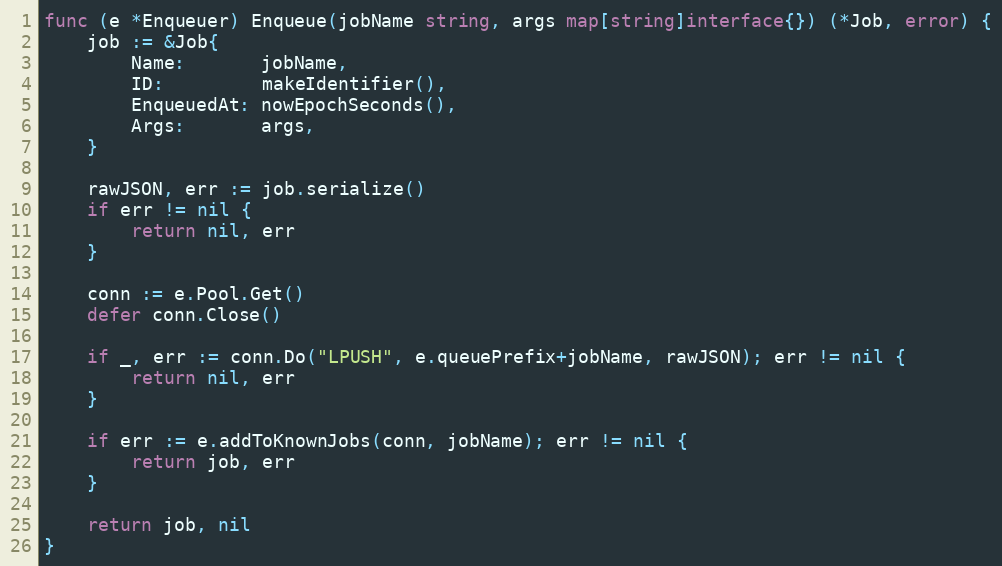
Language: Go
func (e *Enqueuer) Enqueue(jobName string, args map[string]interface{}) (*Job, error) {
	job := &Job{
		Name:       jobName,
		ID:         makeIdentifier(),
		EnqueuedAt: nowEpochSeconds(),
		Args:       args,
	}

	rawJSON, err := job.serialize()
	if err != nil {
		return nil, err
	}

	conn := e.Pool.Get()
	defer conn.Close()

	if _, err := conn.Do("LPUSH", e.queuePrefix+jobName, rawJSON); err != nil {
		return nil, err
	}

	if err := e.addToKnownJobs(conn, jobName); err != nil {
		return job, err
	}

	return job, nil
}